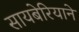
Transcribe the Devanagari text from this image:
सायबेरियाने